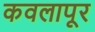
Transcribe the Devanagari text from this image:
कवलापूर